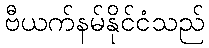
ဗီယက်နမ်နိုင်ငံသည်